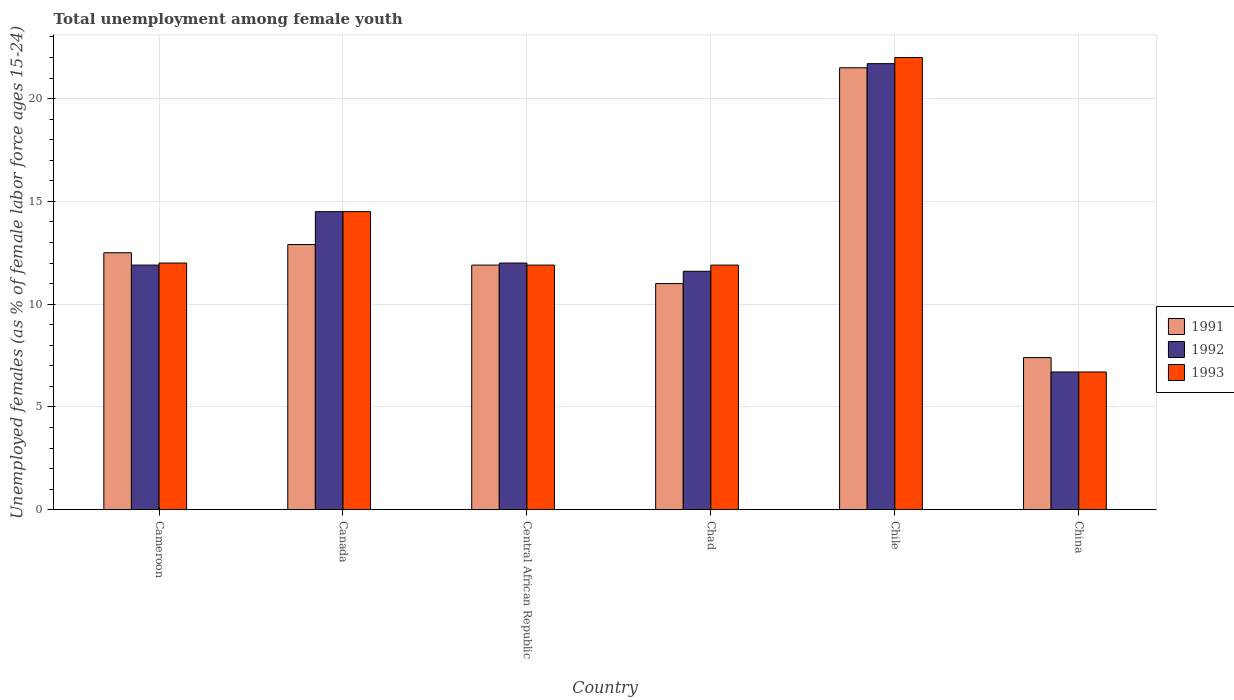
| Country | 1991 | 1992 | 1993 |
 | --- | --- | --- | --- |
 | Cameroon | 12.5 | 11.9 | 12 |
 | Canada | 12.9 | 14.5 | 14.5 |
 | Central African Republic | 11.9 | 12 | 11.9 |
 | Chad | 11 | 11.6 | 11.9 |
 | Chile | 21.5 | 21.7 | 22 |
 | China | 7.4 | 6.7 | 6.7 |